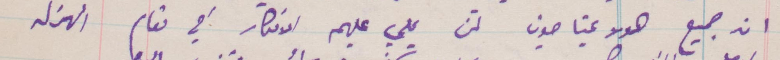
ان جميع هولاء يحتاجون لمن يملي عليهم الأفكار في مقام المهزلة